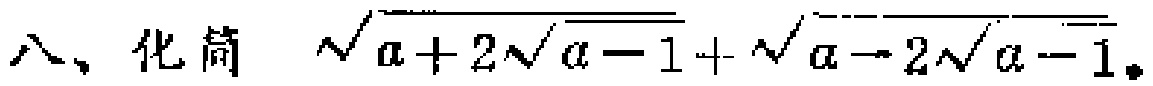
八、化简 $\sqrt{a + 2\sqrt{a - 1}}+\sqrt{a - 2\sqrt{a - 1}}$。